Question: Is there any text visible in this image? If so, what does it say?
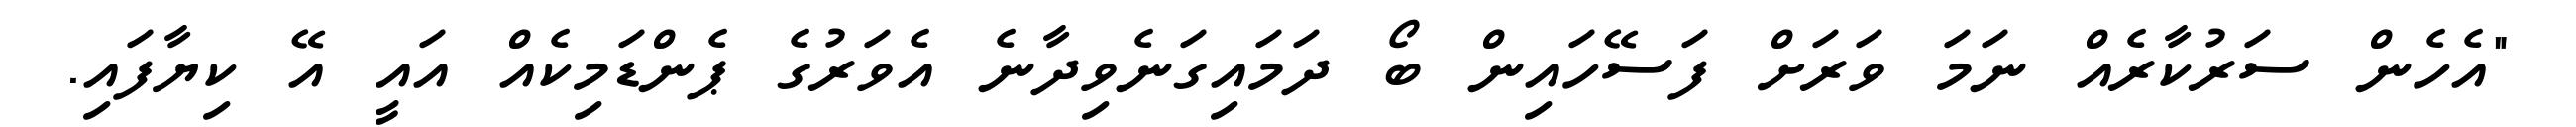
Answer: "އެހެން ސަރުކާރެއް ނަމަ ވަރަށް ފަސޭހައިން ބޯ ދަމައިގަނެވިދާނެ އެވަރުގެ ޕެންޑަމިކެއް އައީ އޭ ކިޔާފައި.